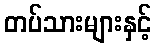
တပ်သားများနှင့်